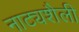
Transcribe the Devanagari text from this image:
नाट्यशैली